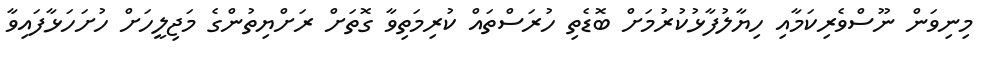
މިނިވަން ނޫސްވެރިކަމާއި ހިޔާލުފާޅުކުރުމަށް ބޮޑެތި ހުރަސްތައް ކުރިމަތިވާ ގޮތަށް ރަށްޔިތުންގެ މަޖިލީހަށް ހުށަހަޅާފައިވާ